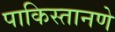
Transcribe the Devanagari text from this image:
पाकिस्तानणे